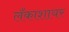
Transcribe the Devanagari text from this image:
लँकाशायर